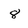
Character: 8